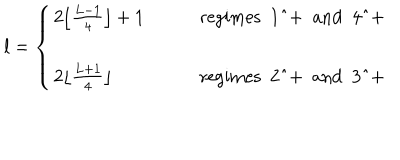
l = \left\{ \begin{array} { l l } { { 2 \lfloor \frac { L - 1 } { 4 } \rfloor + 1 } } & { { \qquad \mathrm { r e g i m e s ~ 1 ^ { + } ~ a n d ~ 4 ^ { + } ~ } } } \\ { { } } & { { } } \\ { { 2 \lfloor \frac { L + 1 } { 4 } \rfloor } } & { { \qquad \mathrm { r e g i m e s ~ 2 ^ { + } ~ a n d ~ 3 ^ { + } ~ } } } \\ \end{array} \right.